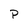
Character: P